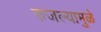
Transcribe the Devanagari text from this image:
रुजल्यामुळे